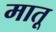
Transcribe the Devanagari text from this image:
मातू